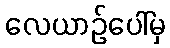
လေယာဉ်ပေါ်မှ